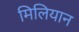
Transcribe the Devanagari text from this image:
मिलियान